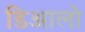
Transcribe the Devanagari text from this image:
डिआलो